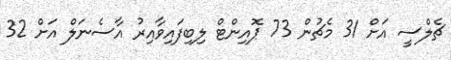
ޗެލްސީ އަށް 31 މެޗުން 73 ޕޮއިންޓް ލިބިފައިވާއިރު އާސެނަލް އަށް 32